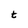
Character: t